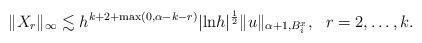
LaTeX: \begin{align*} \|X_r\|_{\infty}\lesssim h^{k+2+\max(0,\alpha-k-r)}|{\rm{ln}}h|^{\frac 12}\|u\|_{\alpha+1, B_i^x},\ \ r=2,\ldots, k.\end{align*}